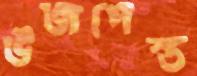
উজপেস্ত